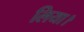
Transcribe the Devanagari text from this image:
लिया।